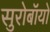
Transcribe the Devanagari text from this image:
सुरोबॉयो